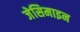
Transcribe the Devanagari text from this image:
जेसिमाइन